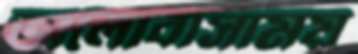
ভালোবাসাময়